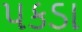
પકડા